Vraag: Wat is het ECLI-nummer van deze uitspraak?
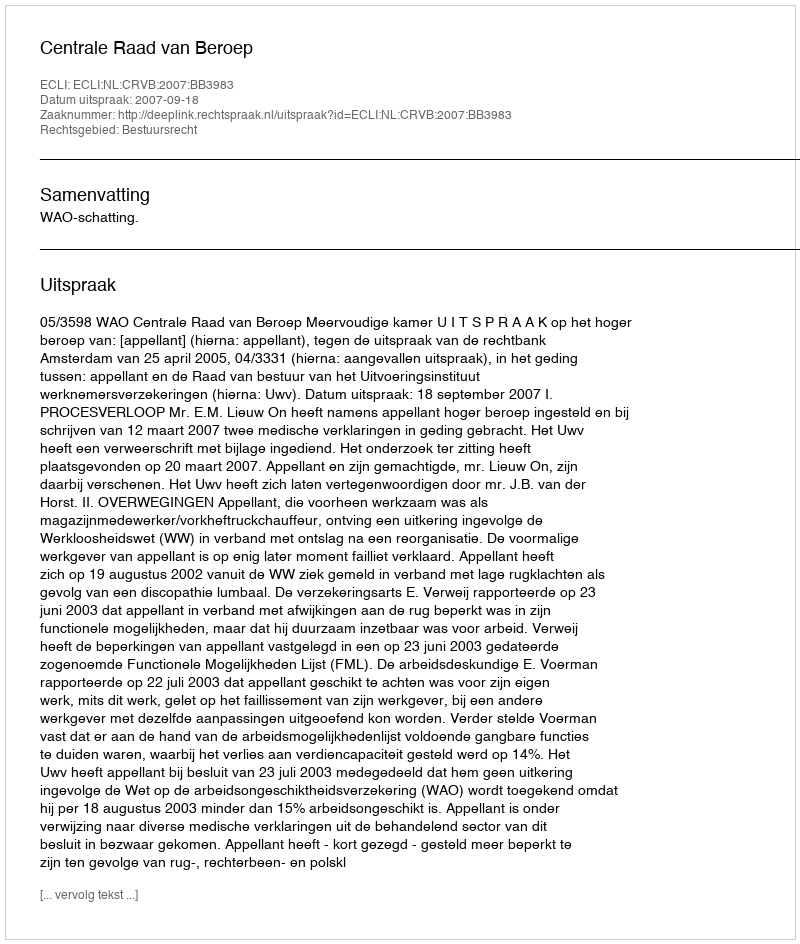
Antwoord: ECLI:NL:CRVB:2007:BB3983